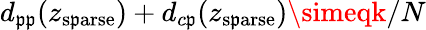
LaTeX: d_{\mathfrak{p}\mathfrak{p}}(z_{\mathrm{{s\mathfrak{p}arse}}})+d_{c\mathfrak{p}}(z_{\mathrm{{s\mathfrak{p}arse}}})\simeqk/N